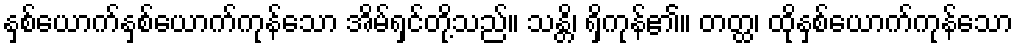
နှစ်ယောက်နှစ်ယောက်ကုန်သော အိမ်ရှင်တို့သည်။ သန္တိ၊ ရှိကုန်၏။ တတ္ထ၊ ထိုနှစ်ယောက်ကုန်သော